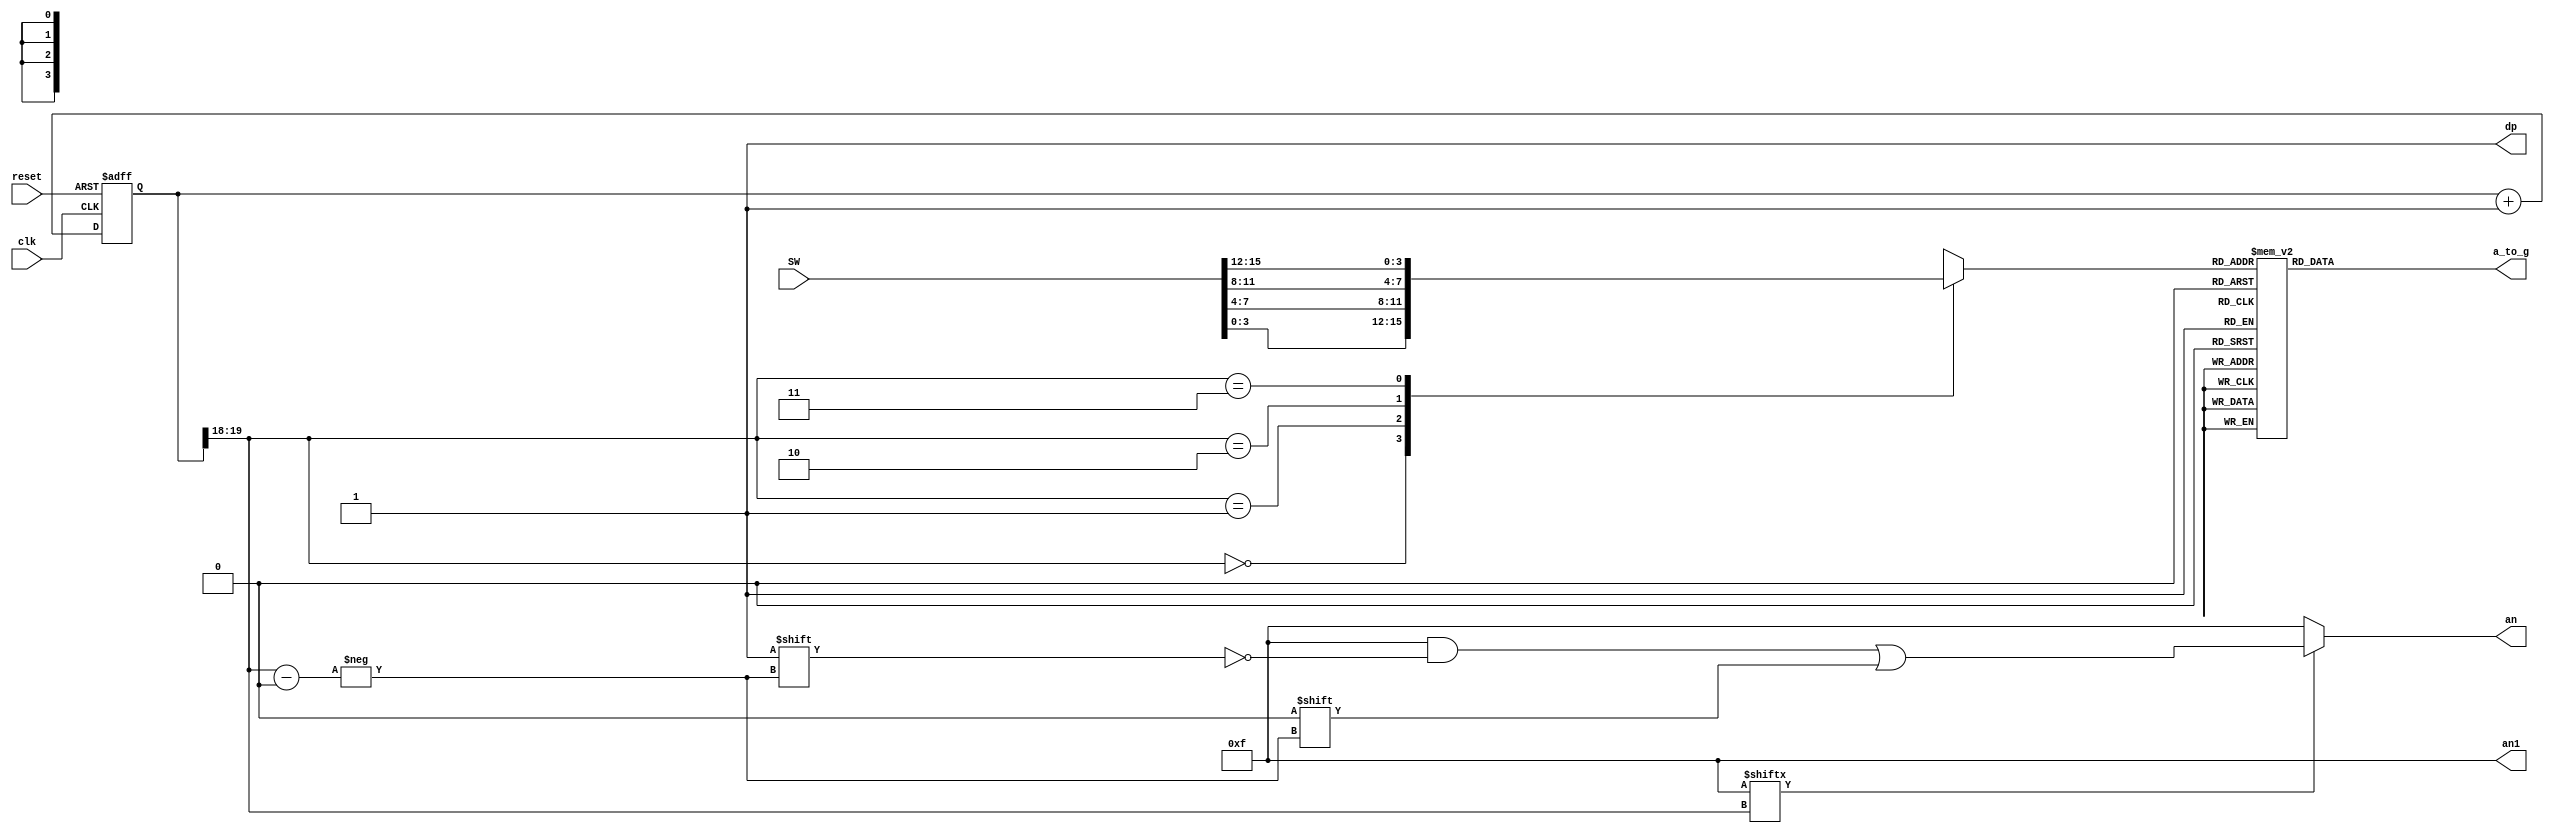
`timescale 1ns / 1ps
//////////////////////////////////////////////////////////////////////////////////
// Company: 
// Engineer: 
// 
// Design Name: 
// Module Name: ssd
// Project Name: 
// Target Devices: 
// Tool Versions: 
// Description: 
// 
// Dependencies: 
// 
// Revision:
// Revision 0.01 - File Created
// Additional Comments:
// 
//////////////////////////////////////////////////////////////////////////////////

`define an_off 4'b1111
`define dp_off 1'b1
`define initial_d 4'b1111


module ssd #(parameter clkDivisions = 19)(
            input [15:0] SW, 
            input clk,
            input reset,
            output reg [6:0] a_to_g,
            output reg [3:0] an, 
            output wire [3:0] an1,
            output wire dp
            );

//turn the other 4 displays off
assign an1 = `an_off; 
//turn off the decimal point
assign dp = `dp_off; 

//hold values
reg [3:0] digit;
//select
wire [1:0] s;
//enable 
wire [3:0] aen;

//counter 
reg [19:0] clkdiv;
//last two bits of the counter
assign s = clkdiv[clkDivisions:clkDivisions-1];
//initially enable these 4 buts
assign aen = `initial_d; 

// 7 seg decoder
always @(digit) begin
    case (digit)
            0: a_to_g = 7'b0000001;
            1: a_to_g = 7'b1001111;
            2: a_to_g = 7'b0010010;
            3: a_to_g = 7'b0000110;
            4: a_to_g = 7'b1001100;
            5: a_to_g = 7'b0100100;
            6: a_to_g = 7'b0100000; 
            7: a_to_g = 7'b0001111;
            8: a_to_g = 7'b0000000;
            9: a_to_g = 7'b0000100;
          'hA: a_to_g = 7'b0001000;  
          'hB: a_to_g = 7'b1100000;  
          'hC: a_to_g = 7'b0110001;  
          'hD: a_to_g = 7'b1000010;  
          'hE: a_to_g = 7'b0110000;  
          'hF: a_to_g = 7'b0111000;  
        default: a_to_g = 7'bZZZZZZZ;
    endcase

end

//clock divider
always @(posedge clk or posedge reset) begin
    if (reset)
        clkdiv <= 0; 
    else
        clkdiv <= clkdiv+1; 
end

//digit select - :ancode
always @(aen, s) begin
    an = 4'b1111;
    if (aen[s]==1) 
        an[s] = 0;
    
end

//4 to 1 mux
always @(s,SW) begin
    case (s)
        0: digit = SW[3:0]; 
        1: digit = SW[7:4]; 
        2: digit = SW[11:8];
        3: digit = SW[15:12]; 
        default:digit = 4'bZZZZ; 
    endcase
end



endmodule